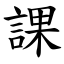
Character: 課